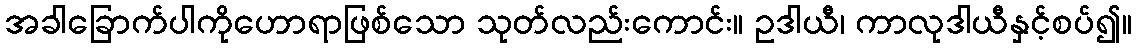
အခါခြောက်ပါကိုဟောရာဖြစ်သော သုတ်လည်းကောင်း။ ဥဒါယီ၊ ကာလုဒါယီနှင့်စပ်၍။